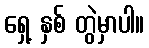
ရှေ့ နှစ် တွဲမှာပါ။